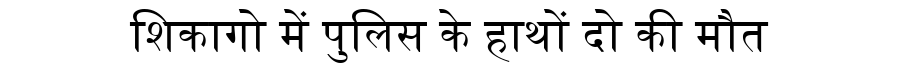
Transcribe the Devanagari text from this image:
शिकागो में पुलिस के हाथों दो की मौत